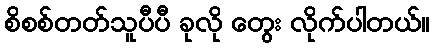
စိစစ်တတ်သူပီပီ ခုလို တွေး လိုက်ပါတယ်။